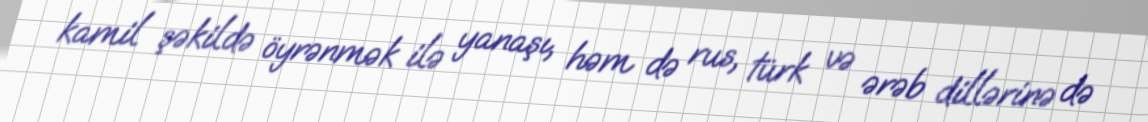
kamil şəkildə öyrənmək ilə yanaşı, həm də rus, türk və ərəb dillərinə də